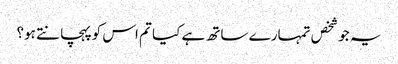
یہ جو شخص تمہارے ساتھ ہے کیا تم اس کوپہچانتے ہو؟